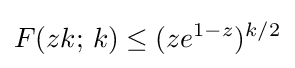
F(zk;\,k)\leq (ze^{1-z})^{k/2}